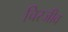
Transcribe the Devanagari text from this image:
चिरजीव